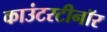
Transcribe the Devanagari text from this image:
काउंटरटीनॉर